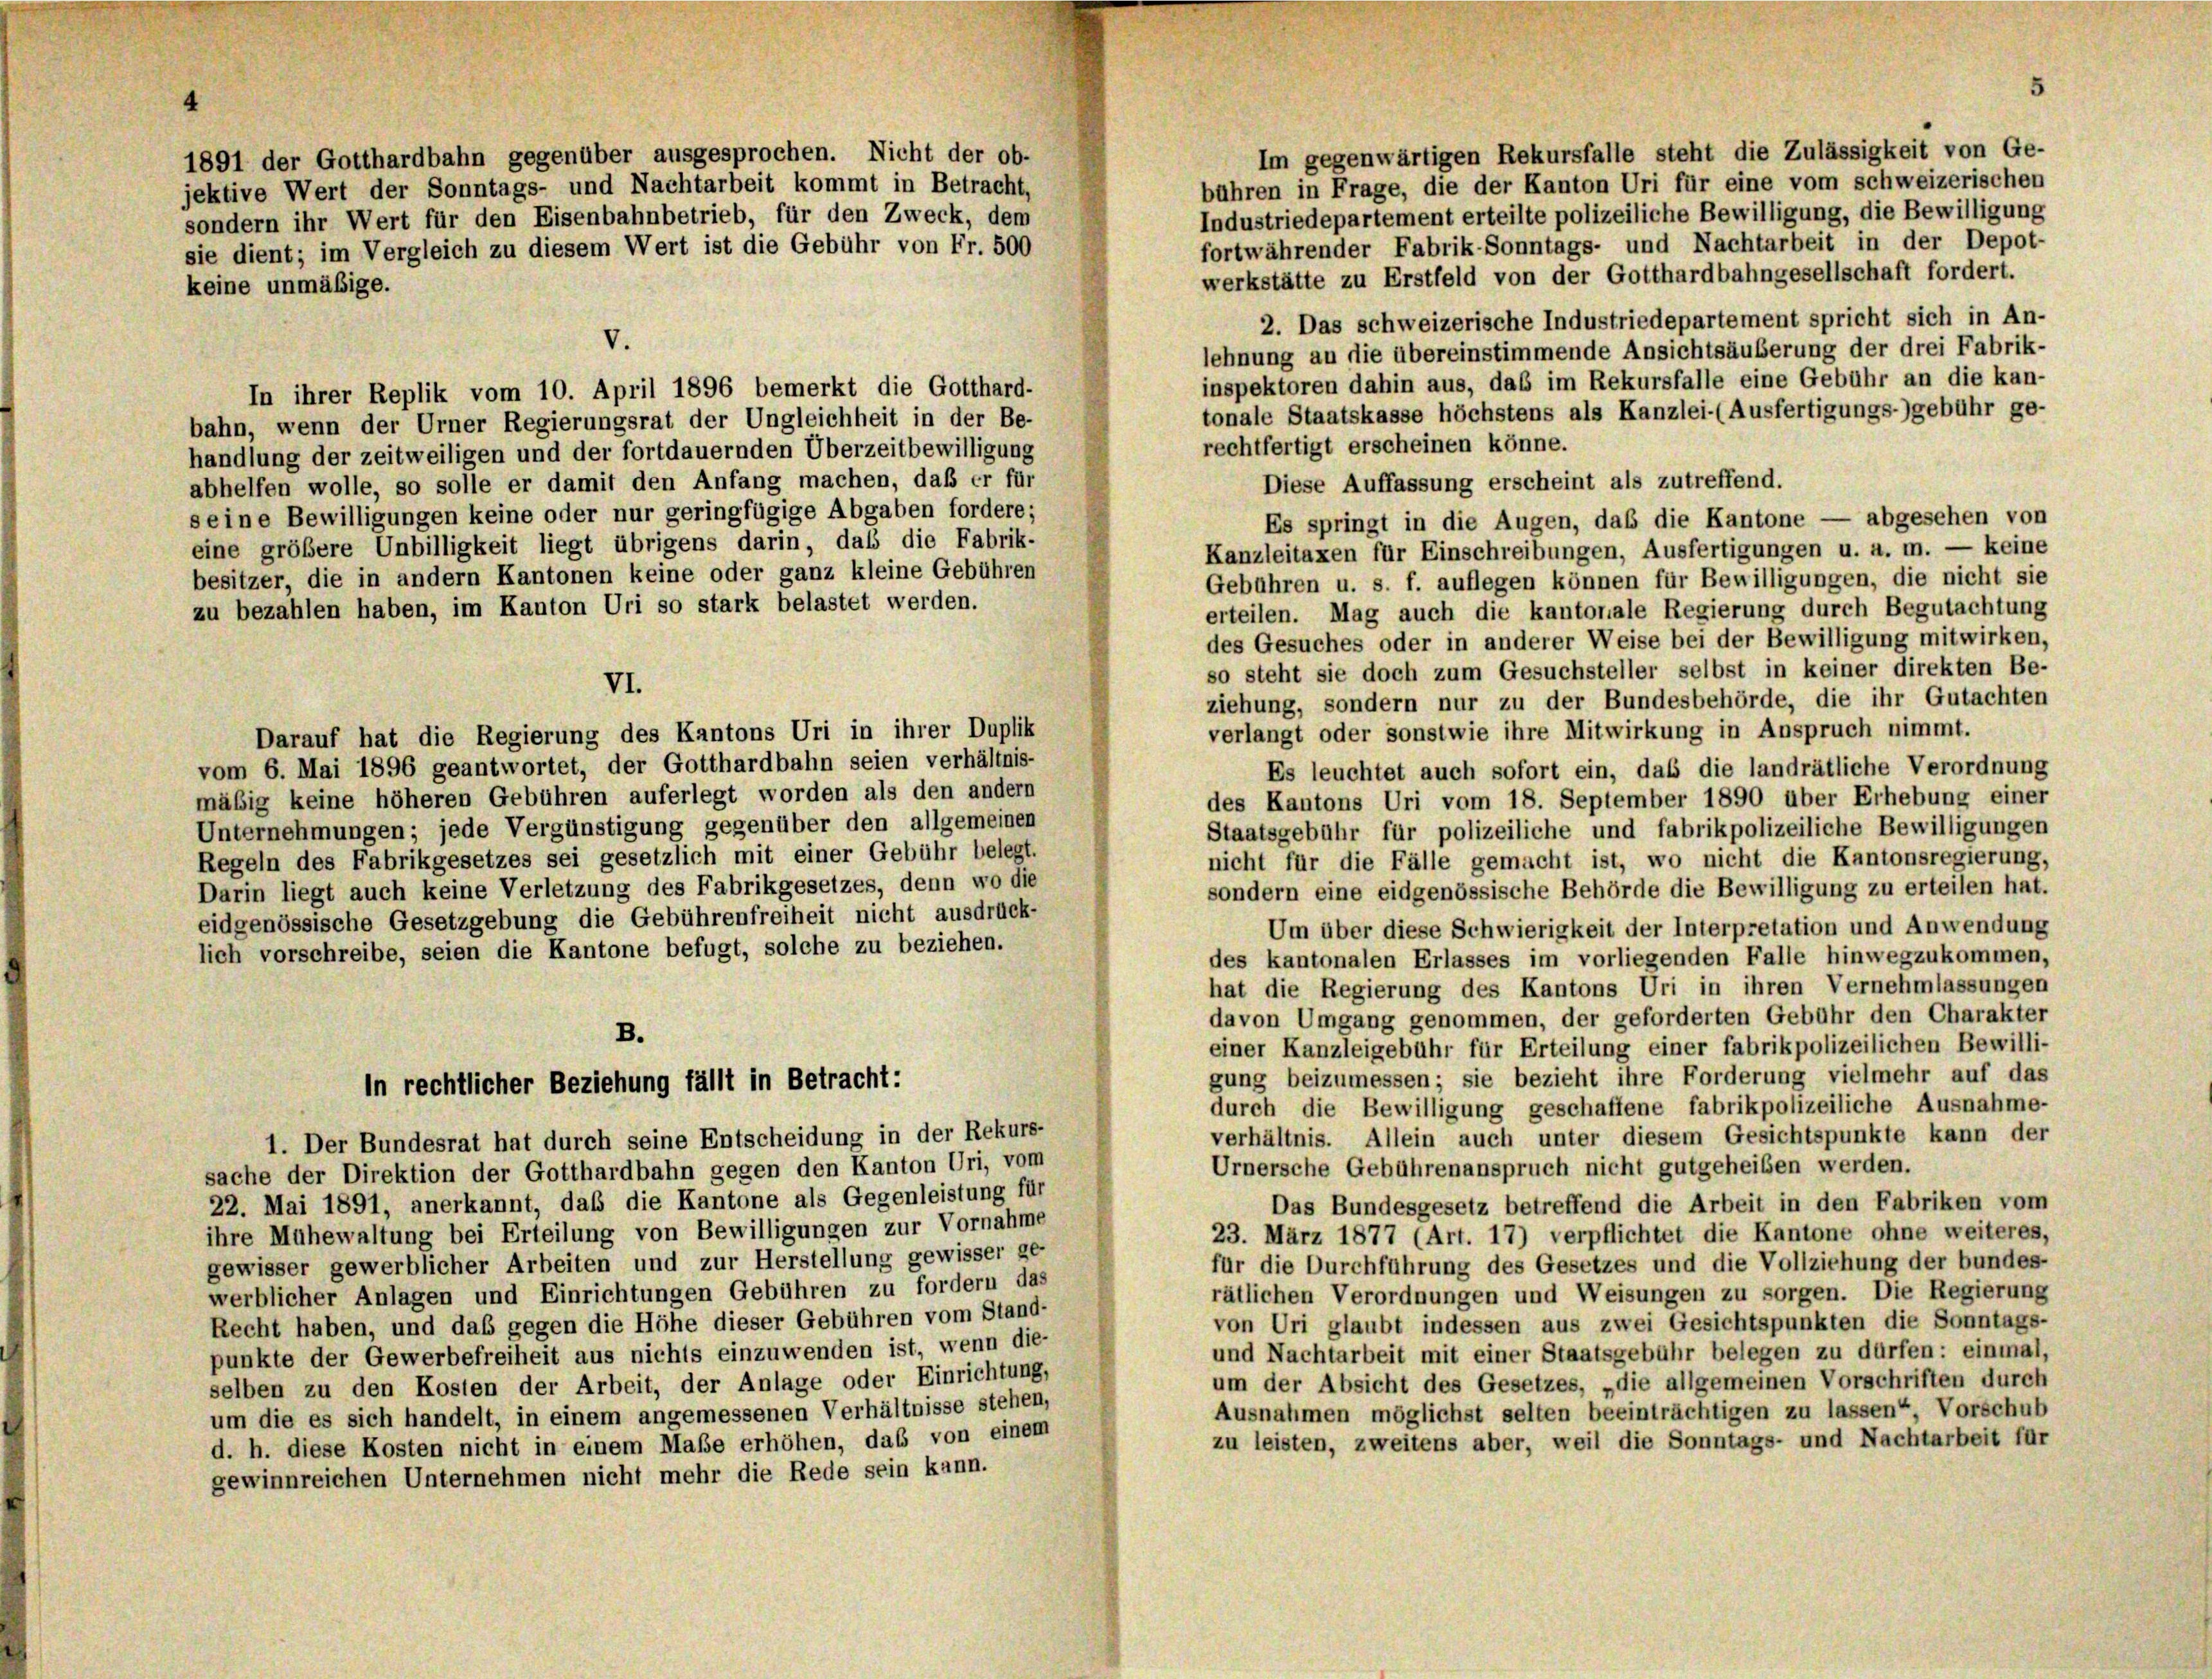
4

Im gegenwärtigen Rekursfalle steht die Zulässigkeit von Ge-
1891 der Gotthardbahn gegenüber ausgesprochen. Nicht der ob-
bühren in Frage, die der Kanton Uri für eine vom schweizerischen
jektive Wert der Sonntags- und Nachtarbeit kommt in Betracht,
Industriedepartement erteilte polizeiliche Bewilligung, die Bewilligung
sondern ihr Wert für den Eisenbahnbetrieb, für den Zweck, dem
fortwährender Fabrik-Sonntags- und Nachtarbeit in der Depot-
sie dient; im Vergleich zu diesem Wert ist die Gebühr von Fr. 500
werkstätte zu Erstfeld von der Gotthardbahngesellschaft fordert.
keine unmäßige.
2. Das schweizerische Industriedepartement spricht sich in An-
lehnung an die übereinstimmende Ansichtsäuberung der drei Fabrik-
inspektoren dahin aus, daß im Rekursfalle eine Gebühr an die kan-
In ihrer Replik vom 10. April 1896 bemerkt die Gotthard-
tonale Staatskasse höchstens als Kanzlei- (Ausfertigungs-)gebühr ge-
bahn, wenn der Urner Regierungsrat der Ungleichheit in der Be-
rechtfertigt erscheinen könne.
handlung der zeitweiligen und der fortdauernden Überzeitbewilligung
Diese Auffassung erscheint als zutreffend.
abhelfen wolle, so solle er damit den Anfang machen, daß er für
seine Bewilligungen keine oder nur geringfügige Abgaben fordere;
Es springt in die Augen, daß die Kantone — abgesehen von
eine größere Unbilligkeit liegt übrigens darin, daß die Fabrik-
Kanzleitaxen für Einschreibungen, Ausfertigungen u. a. m. — keine
besitzer, die in andern Kantonen keine oder ganz kleine Gebühren
Gebühren u. s. f. auflegen können für Bewilligungen, die nicht sie
zu bezahlen haben, im Kanton Uri so stark belastet werden.
erteilen. Mag auch die kantonale Regierung durch Begutachtung
des Gesuches oder in anderer Weise bei der Bewilligung mitwirken,
so steht sie doch zum Gesuchsteller selbst in keiner direkten Be-
VI.
ziehung, sondern nur zu der Bundesbehörde, die ihr Gutachten
verlangt oder sonstwie ihre Mitwirkung in Anspruch nimmt.
Darauf hat die Regierung des Kantons Uri in ihrer Duplik
vom 6. Mai 1896 geantwortet, der Gotthardbahn seien verhältnis-
Es leuchtet auch sofort ein, daß die landrätliche Verordnung
mäßig keine höheren Gebühren auferlegt worden als den andern
des Kantons Uri vom 18. September 1890 über Erhebung einer
Unternehmungen; jede Vergünstigung gegenüber den allgemeinen
Staatsgebühr für polizeiliche und fabrikpolizeiliche Bewilligungen
Regeln des Fabrikgesetzes sei gesetzlich mit einer Gebühr belegt.
nicht für die Fälle gemacht ist, wo nicht die Kantonsregierung,
Darin liegt auch keine Verletzung des Fabrikgesetzes, denn wo die
sondern eine eidgenössische Behörde die Bewilligung zu erteilen hat.
eidgenössische Gesetzgebung die Gebührenfreiheit nicht ausdrück-
Um über diese Schwierigkeit der Interpretation und Anwendung
lich vorschreibe, seien die Kantone befugt, solche zu beziehen.
des kantonalen Erlasses im vorliegenden Falle hinwegzukommen,
hat die Regierung des Kantons Uri in ihren Vernehmlassungen
davon Umgang genommen, der geforderten Gebühr den Charakter
B.
einer Kanzleigebühr für Erteilung einer fabrikpolizeilichen Bewilli-
gung beizumessen; sie bezieht ihre Forderung vielmehr auf das
in rechtlicher Beziehung fällt in Betracht:
durch die Bewilligung geschaffene fabrikpolizeiliche Ausnahme-
verhältnis. Allein auch unter diesem Gesichtspunkte kann der
1. Der Bundesrat hat durch seine Entscheidung in der Rekurs-
Urnersche Gebührenanspruch nicht gutgeheiben werden.
sache der Direktion der Gotthardbahn gegen den Kanton Uri, vom
22. Mai 1891, anerkannt, daß die Kantone als Gegenleistung für
Das Bundesgesetz betreffend die Arbeit in den Fabriken vom
ihre Muhewaltung bei Erteilung von Bewilligungen zur Vornahme
23. März 1877 (Art. 17) verpflichtet die Kantone ohne weiteres,
gewisser gewerblicher Arbeiten und zur Herstellung gewisser ge-
für die Durchführung des Gesetzes und die Vollziehung der bundes-
werblicher Anlagen und Einrichtungen Gebühren zu fordern das
rätlichen Verordnungen und Weisungen zu sorgen. Die Regierung
Recht haben, und das gegen die Höhe dieser Gebühren vom Stand-
von Uri glaubt indessen aus zwei Gesichtspunkten die Sonntags-
punkte der Gewerbefreiheit aus nichts einzuwenden ist, wenn die-
und Nachtarbeit mit einer Staatsgebühr belegen zu dürfen: einmal,
um der Absicht des Gesetzes, „die allgemeinen Vorschriften durch
selben zu den Kosten der Arbeit, der Anlage oder Einrichtung,
Ausnahmen möglichst selten beeinträchtigen zu lassen“ Vorschub
um die es sich handelt, in einem angemessenen Verhältnisse stehen,
zu leisten, zweitens aber, weil die Sonntags- und Nachtarbeit für
d. h. diese Kosten nicht in einem Maße erhöhen, das von einem
gewinnreichen Unternehmen nicht mehr die Rede sein kann.

V.